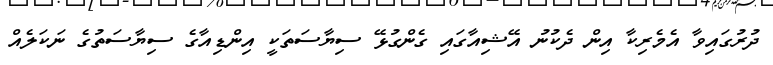
ދުރުގައިވާ އެމެރިކާ އިން ދެކުނު އޭޝިއާގައި ގެންގުޅޭ ސިޔާސަތަކީ އިންޑިއާގެ ސިޔާސަތުގެ ނަކަލެއް